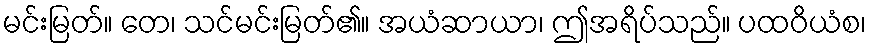
မင်းမြတ်။ တေ၊ သင်မင်းမြတ်၏။ အယံဆာယာ၊ ဤအရိပ်သည်။ ပထဝိယံစ၊